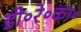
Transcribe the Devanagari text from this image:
डी॰रे॰का॰